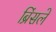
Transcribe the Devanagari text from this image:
ब्रिंसले